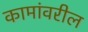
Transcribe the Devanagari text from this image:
कामांवरील